system: You are a helpful assistant.
user:
Analyze the provided spectrum to determine if it is a **Carbon Star (C-type)**.

- **Key Visual Indicators of Carbon Star:**
    - **(Primary):** Strong molecular absorption from **C₂ (diatomic carbon) "Swan Bands."** This is the **defining feature** of a carbon star.
        - **(Key Bandheads):** Sharp absorption edges are visible at approximately $5635$ Å, $5165$ Å (the strongest band), and $4737$ Å.
        - **(Line Profile):** Creates a distinct **"saw-tooth"** pattern. The key morphology is a sharp, steep bandhead on the **red (long-wavelength) side**, which then gradually tapers off (i.e., flux recovers) towards the **blue (short-wavelength) side**. *(This is the direct opposite of the TiO bands seen in M-type stars)*.

    - **(Secondary):** Intense **CN (cyanogen)** molecular absorption bands.
        - **(Key Bandheads):** Located in the blue and violet regions of the spectrum (e.g., near $4215$ Å and $3883$ Å).
        - **(Morphology):** These bands are extremely broad and act as a "blanket," absorbing the vast majority of blue and violet light. This creates a characteristic **"cliff"** or **"steep drop-off"** in the spectrum's flux at short wavelengths.

    - **(Key Confirmation):** Strong **CH absorption band (G-band)**.
        - **(Key Bandhead):** Located around $4300$ Å. The contribution from CH molecules to this band is exceptionally strong.

    - **(Overall Spectrum):**
        - The continuum is severely "chopped up" by these deep molecular bands, especially C₂, rather than appearing as a smooth curve.
        - Due to the heavy CN and C₂ absorption in the blue-green, the vast majority of the star's flux is concentrated in the red part of the spectrum, giving the star its characteristic deep red color.

Think first, call **spectral_visualization_tool** if needed to examine features in detail, then provide your final answer. Your response must adhere to the following strict rules:
1.  **Overall Structure:** Your response must follow the format `<think>...</think> <tool_call>...</tool_call> (if a tool is used) <answer>...</answer>`.
2.  **Tool Usage Constraint:** You may only make **one** tool call per turn.
3.  **Final Answer Format:** In the `<answer>` tag, your conclusion must be inside a `\boxed{}` command (e.g., `\boxed{YES}`), followed by your justification.

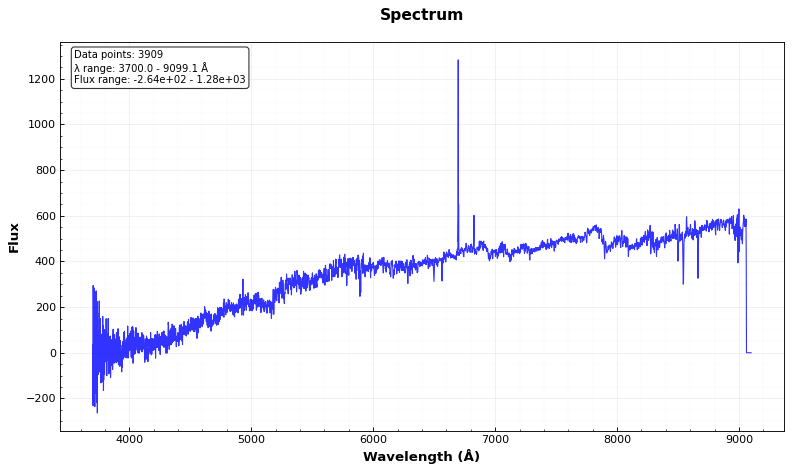
Answer: YES